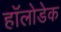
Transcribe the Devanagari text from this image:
हॉलोडेक